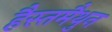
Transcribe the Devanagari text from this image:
हैस्तमैथुन